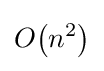
O{\mathord {\left(n^{2}\right)}}